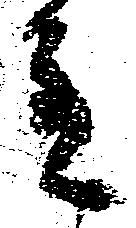
主